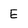
Character: E